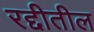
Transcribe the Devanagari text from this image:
रद्दीतील